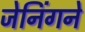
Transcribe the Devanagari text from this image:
जेनिंगने